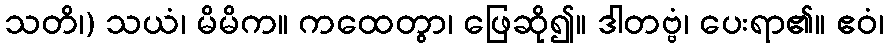
သတိ၊) သယံ၊ မိမိက။ ကထေတွာ၊ ဖြေဆို၍။ ဒါတဗ္ဗံ၊ ပေးရာ၏။ ဧဝံ၊